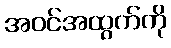
အဝင်အထွက်ကို